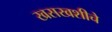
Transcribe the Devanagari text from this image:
खसखशीचे